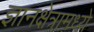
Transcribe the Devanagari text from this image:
ज्ञानक्षेत्रामध्ये